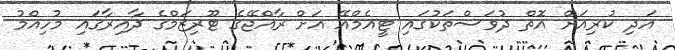
އަދި ކުރިއަށް އޮތް ދުވަސްތަކުގައި ޓީއެމްއޭ އަށް ރާއްޖޭގެ ޓޫރިޒަމްގެ ދާއިރާގައި މުހިއްމު